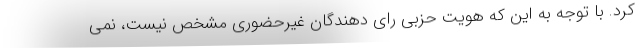
کرد. با توجه به این که هویت حزبی رای دهندگان غیرحضوری مشخص نیست، نمی